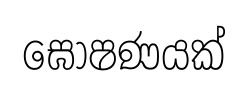
ඝොෂණයක්